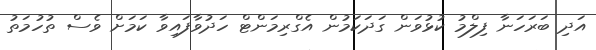
އަދި ބަރަހަނާ ފިލްމު ކުޅުވަން ގަދަކަމުން އެގްރިމަންޓް ހަދުވާފައިވާ ކަމަށް ވެސް ތުހުމަތު